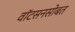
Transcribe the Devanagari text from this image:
वाॅटसनसोबत